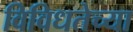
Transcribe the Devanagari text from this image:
विविधतेच्या